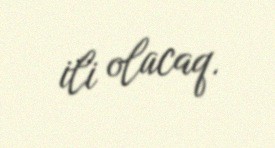
ili olacaq.